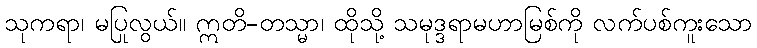
သုကရာ၊ မပြုလွယ်။ ဣတိ-တသ္မာ၊ ထိုသို့ သမုဒ္ဒရာမဟာမြစ်ကို လက်ပစ်ကူးသော